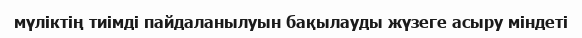
мүліктің тиімді пайдаланылуын бақылауды жүзеге асыру міндеті